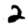
Digit: 2